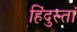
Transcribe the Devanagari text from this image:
हिंदुस्तां